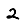
Digit: 2